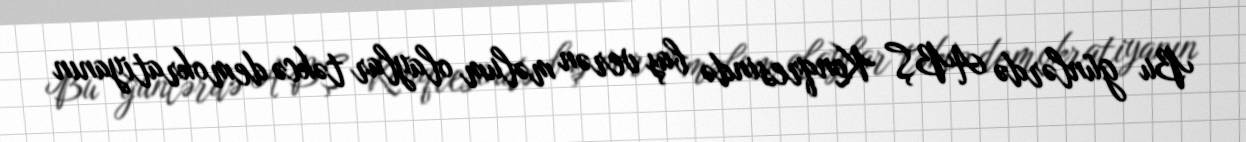
Bu günlərdə ABŞ Konqresində baş verən məlum olaylar təkcə demokratiyanın